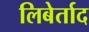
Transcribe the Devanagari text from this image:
लिबेर्ताद